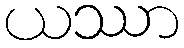
ယဿာ